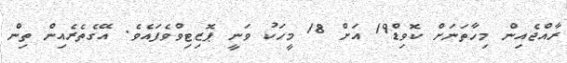
ރާއްޖެއިން މިހާތަނަށް ކޮވިޑް19 އަށް 18 މީހަކު ވަނީ ޕޮޒިޓިވްވެފައެވެ. އޭގެތެރެއިން ތިން